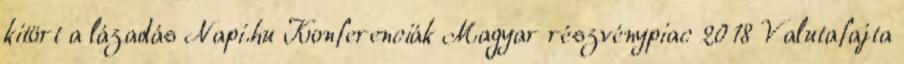
kitört a lázadás Napi.hu Konferenciák Magyar részvénypiac 2018 Valutafajta